Indian journal of veterinary science and animal husbandry - Volume 1,
Year: 1931
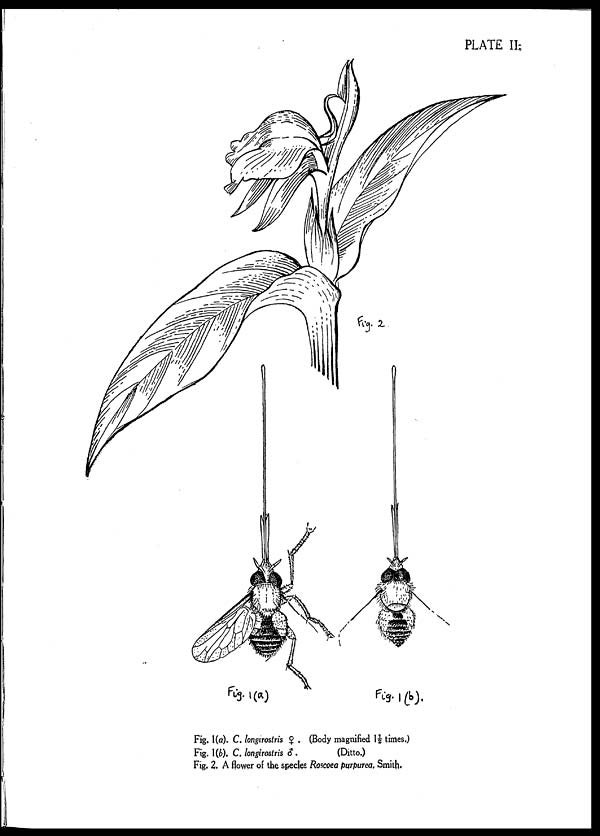
PLATE II.
Fig. 1(a). C. longirostris ♀ . (Body magnified 1½ times.)
Fig. 1(b). C. longirostris
♂.
(Ditto.)
Fig. 2. A flower of the species Roscoea purpurea, Smith.